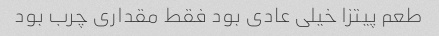
طعم پیتزا خیلی عادی بود فقط مقداری چرب بود